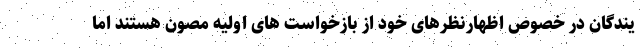
یندگان در خصوص اظهارنظرهای خود از بازخواست های اولیه مصون هستند اما